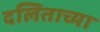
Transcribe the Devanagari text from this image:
दलिताच्या